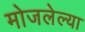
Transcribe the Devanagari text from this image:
मोजलेल्या